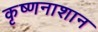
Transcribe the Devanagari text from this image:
कृष्णनाशान